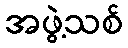
အဖွဲ့သစ်